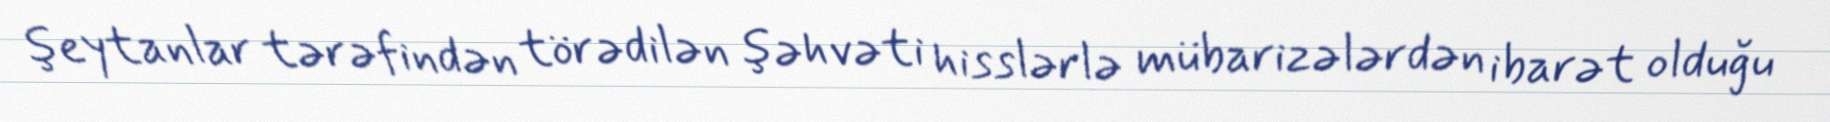
şeytanlar tərəfindən törədilən şəhvəti hisslərlə mübarizələrdən ibarət olduğu